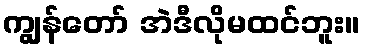
ကျွန်တော် အဲဒီလိုမထင်ဘူး။